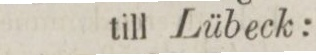
till Lübeck: